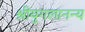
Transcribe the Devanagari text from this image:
श्रीयुगलानन्य